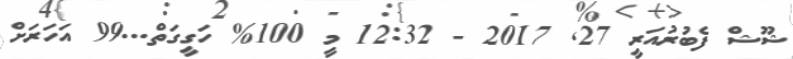
ޝޫޝް ފެބުރުއަރީ 27